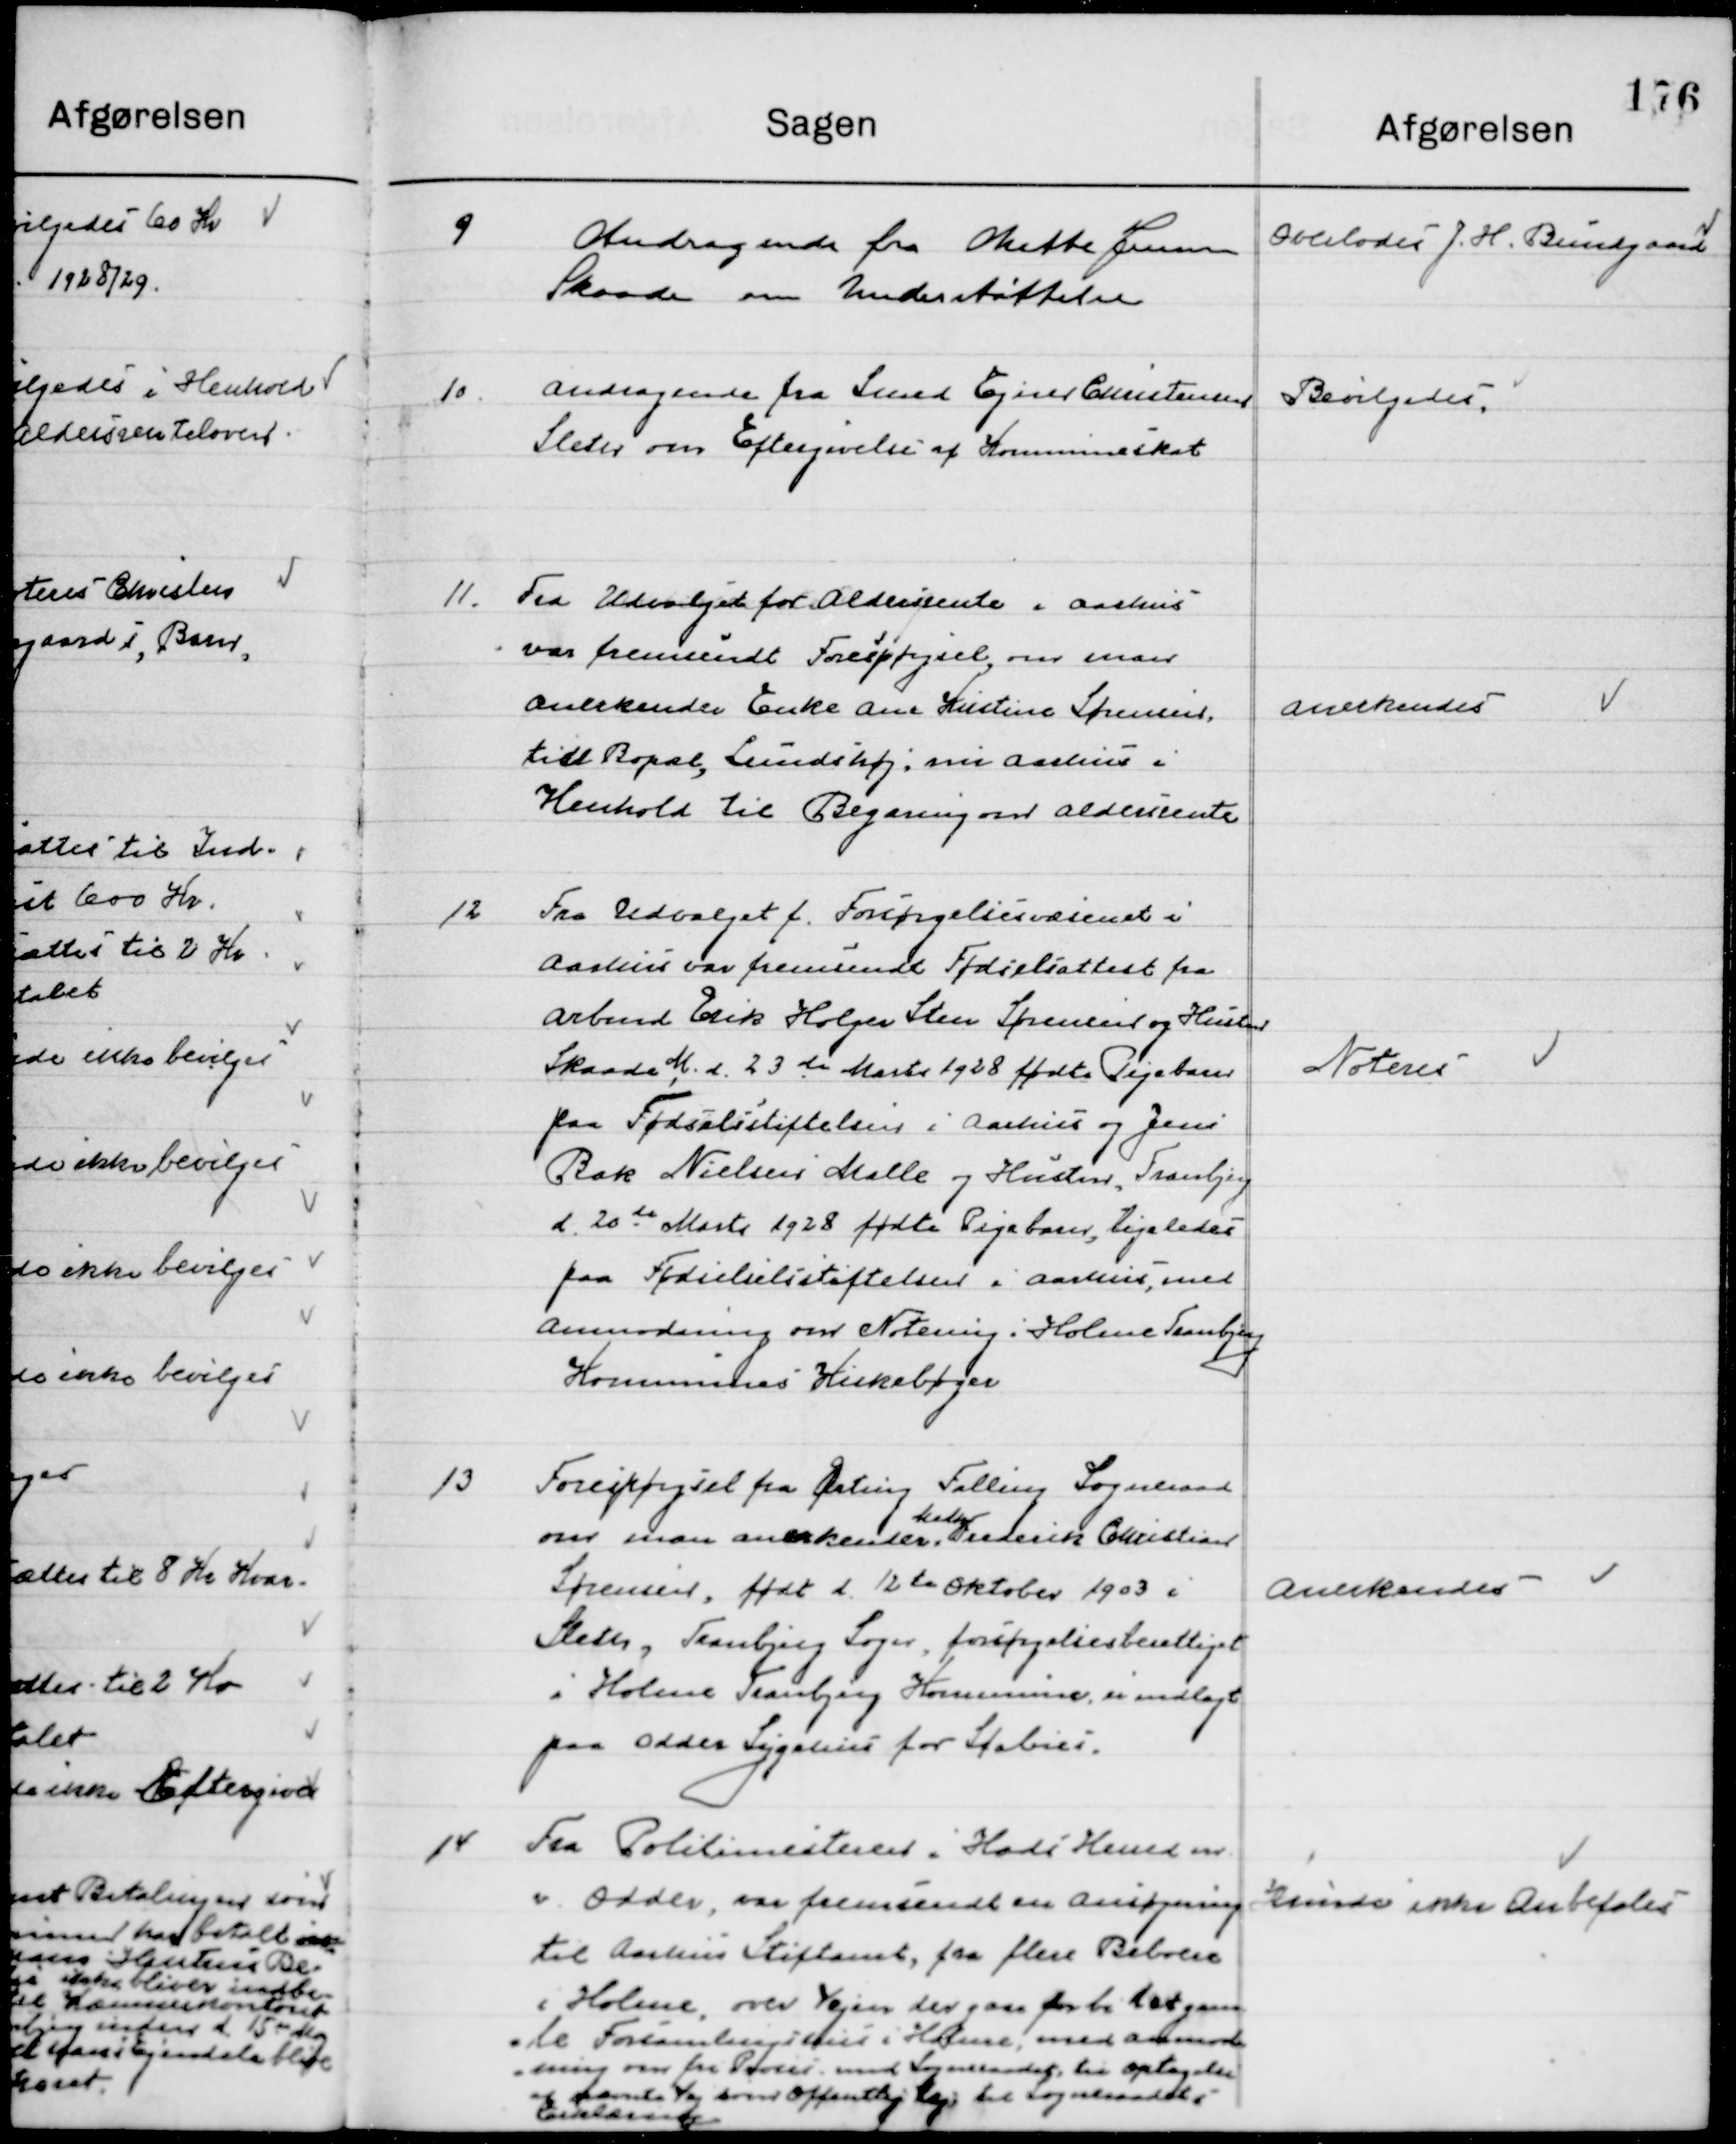
Transskription:
9

Andragende fra Mette Jensen
Skaade om Understøttelse

Overlodes J. H. Bundgaard

10

Andragende fra Svend Ejnar Christensen
Sleth om Eftergivelse af Kommuneskat.

Bevilgedes

11

Fra Udvalget for Aldersrente i Aarhus
Var fremsendt Forespørgsel om man
Anerkender enke Ane Kirstine Sørensen
tidl. Bopæl, Lindshøj, nu Aarhus i 
Henhold til Begæring om Aldersrente.

Anerkendes

12

Fra Udvalget f. Forsørgelsesvæsenet i
Aarhus var fremsendt Fødselsattest fra
Arbmd. Erik Holger Sten Sørensen og Hustru
Skaade M., d. 23de Marts 1928 fødte Pigebarn
paa Fødselsstiftelsen i Aarhus og Jens
Bak Nielsens Malle og Hustru, Tranbjerg
d. 20de Marts 1928 fødte Pigebarn, Ligeledes
paa Fødselsstiftelsen i Aarhus, med
Anmodning om Notering i Holme Tranbjerg
Kommunes Kirkebøger.

Noteres

13

Forespørgsel fra Ørting Falling Sogneraad
om man anerkender 
Maler 
Henrik Christian
Sørensen, født d. 12de Oktober 1903 i 
Sleth, Tranbjerg Sogn, forsørgelsesberettiget
i Holme Tranbjerg Kommune, er indlagt 
paa Odder Sygehus for Scabies.

Anerkendes

14

Fra Politimesteren i Hads Herreds m.m.
Odder, var fremsendt en ansøgning
til Aarhus Stiftsamt, fra flere Beboere
i Holme, over Vejen der gaar forbi det gam-
le Forsamlingshus i Holme med anmod-
ning om fra  med Sogneraadet til optagelse 
af samme Vej som offentlig Vej til Sogneraadet 
Erklæring.

Kunde ikke Anbefales